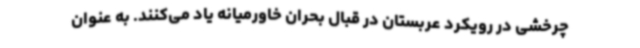
چرخشی در رویکرد عربستان در قبال بحران خاورمیانه یاد می‌کنند. به عنوان